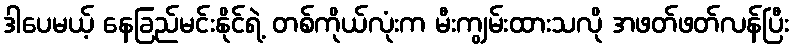
ဒါပေမယ့် နေခြည်မင်းနိုင်ရဲ့ တစ်ကိုယ်လုံးက မီးကျွမ်းထားသလို အဖတ်ဖတ်လန်ပြီး